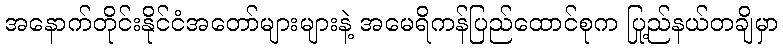
အနောက်တိုင်းနိုင်ငံအတော်များများနဲ့ အမေရိကန်ပြည်ထောင်စုက ပြည်နယ်တချို့မှာ